Vaccination in the Punjab 1867-1880 - 1867-1880
Year: 1867
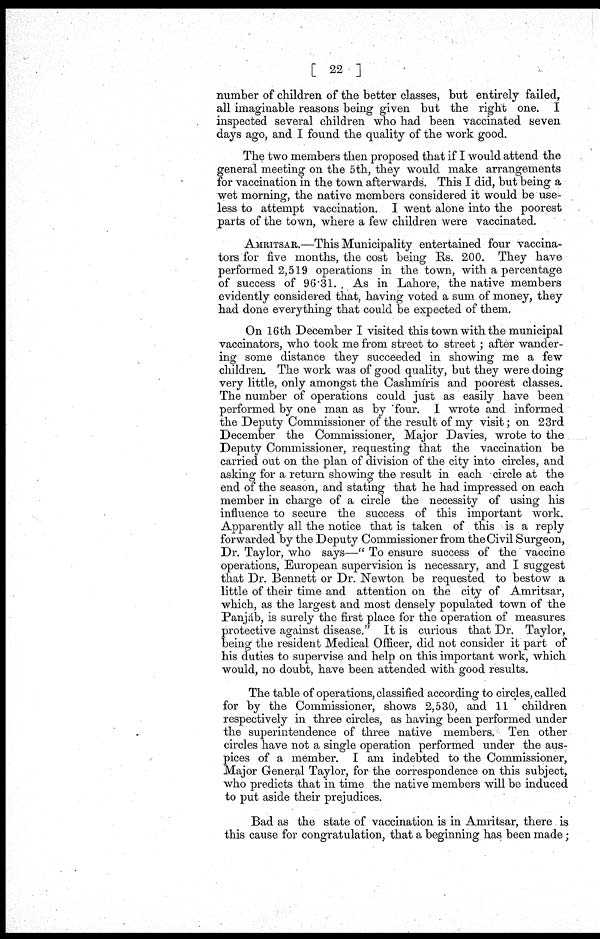
[ 22 ]
number of children of the better classes, but entirely failed,
all imaginable reasons being given but the right one. I
inspected several children who had been vaccinated seven
days ago, and I found the quality of the work good.
The two members then proposed that if I would attend the
general meeting on the 5th, they would make arrangements
for vaccination in the town afterwards. This I did, but being a
wet morning, the native members considered it would be use-
less to attempt vaccination. I went alone into the poorest
parts of the town, where a few children were vaccinated.
AMRITSAR.—This Municipality entertained four vaccina-
tors for five months, the cost being Rs. 200. They have
performed 2,519 operations in the town, with a percentage
of success of 96.31. As in Lahore, the native members
evidently considered that, having voted a sum of money, they
had done everything that could be expected of them.
On 16th December I visited this town with the municipal
vaccinators, who took me from street to street ; after wander¬
ing some distance they succeeded in showing me a few
children. The work was of good quality, but they were doing
very little, only amongst the Cashmíris and poorest classes.
The number of operations could just as easily have been
performed by one man as by four. I wrote and informed
the Deputy Commissioner of the result of my visit; on 23rd
December the Commissioner, Major Davies, wrote to the
Deputy Commissioner, requesting that the vaccination be
carried out on the plan of division of the city into circles, and
asking for a return showing the result in each circle at the
end of the season, and stating that he had impressed on each
member in charge of a circle the necessity of using his
influence to secure the success of this important work.
Apparently all the notice that is taken of this is a reply
forwarded by the Deputy Commissioner from the Civil Surgeon,
Dr. Taylor, who says—" To ensure success of the vaccine
operations, European supervision is necessary, and I suggest
that Dr. Bennett or Dr. Newton be requested to bestow a
little of their time and attention on the city of Amritsar,
which, as the largest and most densely populated town of the
Panjáb, is surely the first place for the operation of measures
protective against disease." It is curious that Dr. Taylor,
being the resident Medical Officer, did not consider it part of
his duties to supervise and help on this important work, which
would, no doubt, have been attended with good results.
The table of operations, classified according to circles, called
for by the Commissioner, shows 2,530, and 11 children
respectively in three circles, as having been performed under
the superintendence of three native members. Ten other
circles have not a single operation performed under the aus¬
pices of a member. I am indebted to the Commissioner,
Major General Taylor, for the correspondence on this subject,
who predicts that in time the native members will be induced
to put aside their prejudices.
Bad as the state of vaccination is in Amritsar, there is
this cause for congratulation, that a beginning has been made;